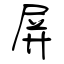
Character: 屏